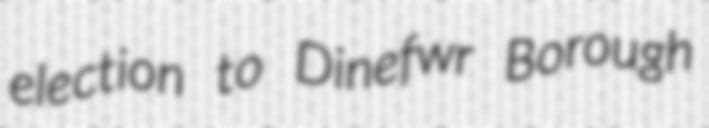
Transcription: election to Dinefwr Borough